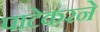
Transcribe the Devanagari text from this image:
पाटेकरने